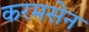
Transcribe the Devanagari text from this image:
करमसेन